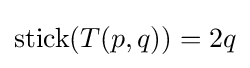
\operatorname {stick} (T(p,q))=2q